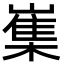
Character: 㠍